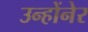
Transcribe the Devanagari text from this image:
उन्होंनेर